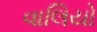
વાલિયો